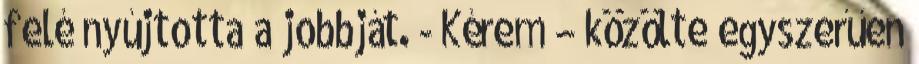
felé nyújtotta a jobbját. - Kérem – közölte egyszerűen